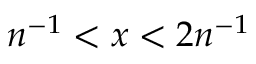
n ^ { - 1 } < x < 2 n ^ { - 1 }